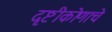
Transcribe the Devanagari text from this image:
दृष्टीकोणाचे